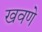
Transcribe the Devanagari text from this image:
खवणे